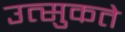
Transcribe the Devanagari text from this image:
उत्सुकते